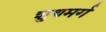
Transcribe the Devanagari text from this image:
शुथमर्ग